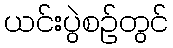
ယင်းပွဲစဉ်တွင်